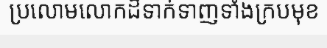
ប្រលោមលោកដ៏ទាក់ទាញទាំងក្របមុខ